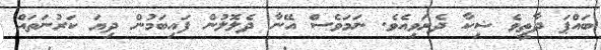
ބައްޕަ ދާތީވެ ޝިކާ ދެރަވިއެވެ. ނަމަވެސް އޭނާ ދެލޮލުން ފައިބަމުން ދިޔަ ކަރުނަތައް